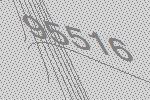
95516